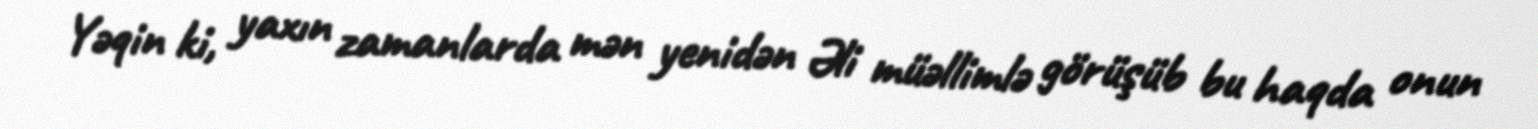
Yəqin ki, yaxın zamanlarda mən yenidən Əli müəllimlə görüşüb bu haqda onun